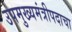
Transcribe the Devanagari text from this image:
उपमुख्यमंत्रीपदाचा